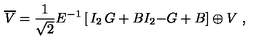
\overline { { V } } = { \frac { 1 } { \sqrt { 2 } } } E ^ { - 1 } \left[ \begin{matrix} { I _ { 2 } } & { G + B } \\ { I _ { 2 } } & { - G + B } \\ \end{matrix} \right] \oplus V \ ,